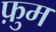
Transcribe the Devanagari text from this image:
फ़ुम